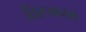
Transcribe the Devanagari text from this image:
तिरूमनम